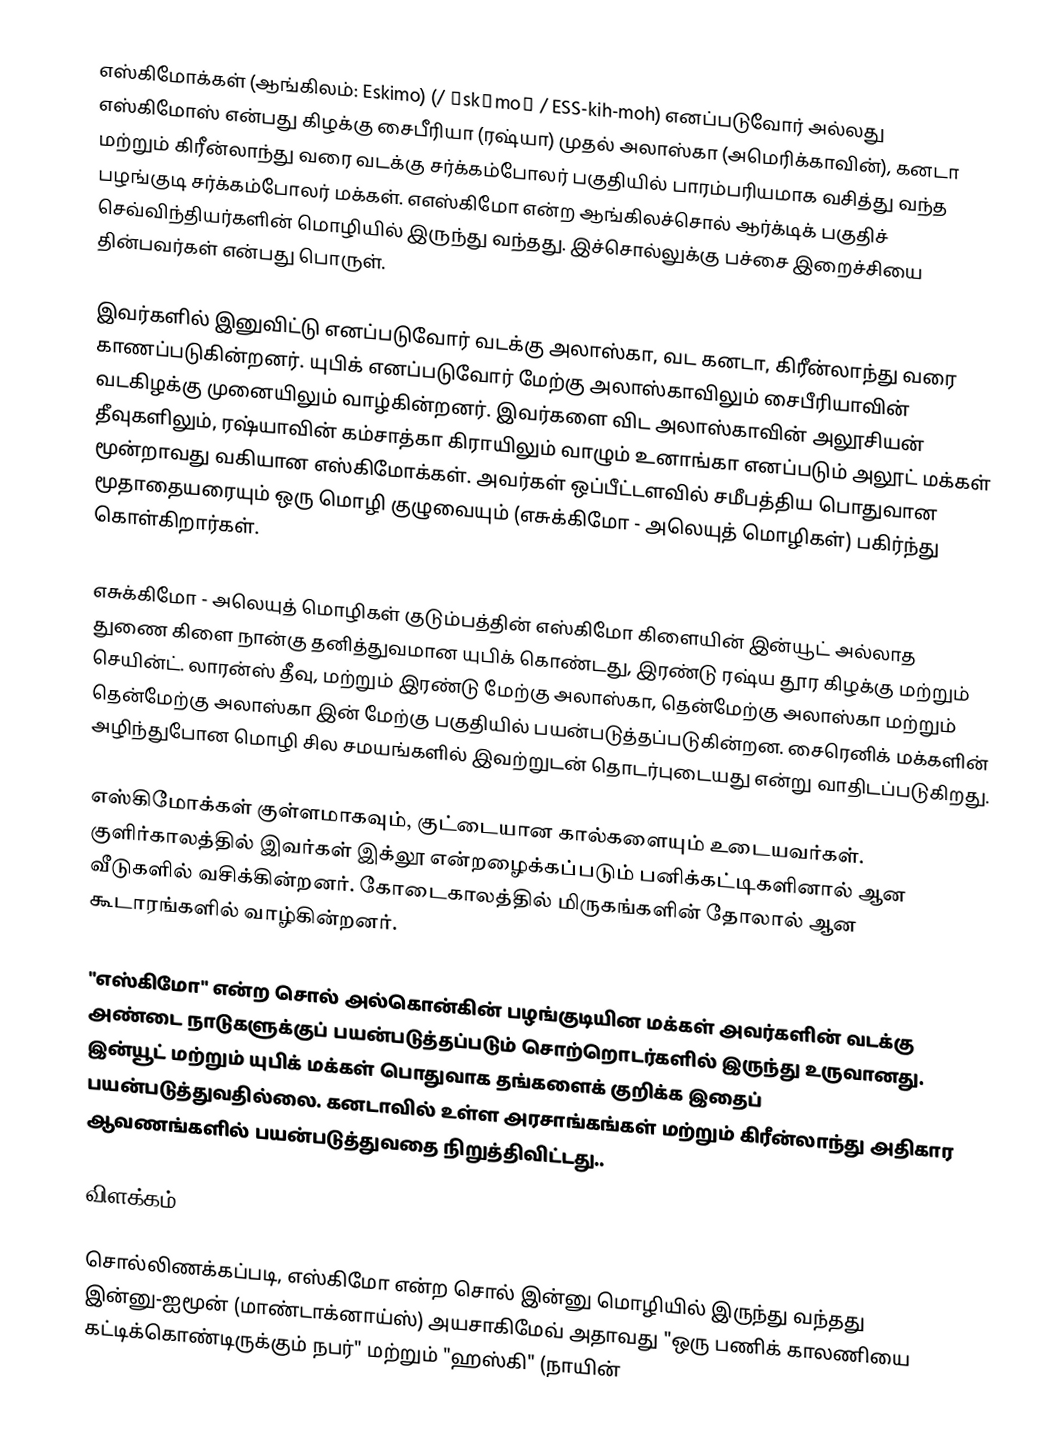
எஸ்கிமோக்கள் (ஆங்கிலம்: Eskimo) (/ ɪskɪmoʊ / ESS-kih-moh)  எனப்படுவோர் அல்லது எஸ்கிமோஸ் என்பது கிழக்கு சைபீரியா (ரஷ்யா) முதல் அலாஸ்கா (அமெரிக்காவின்), கனடா மற்றும் கிரீன்லாந்து வரை வடக்கு சர்க்கம்போலர் பகுதியில் பாரம்பரியமாக வசித்து வந்த பழங்குடி சர்க்கம்போலர் மக்கள்.  எஎஸ்கிமோ என்ற ஆங்கிலச்சொல் ஆர்க்டிக் பகுதிச் செவ்விந்தியர்களின் மொழியில் இருந்து வந்தது. இச்சொல்லுக்கு பச்சை இறைச்சியை தின்பவர்கள் என்பது பொருள்.

இவர்களில் இனுவிட்டு எனப்படுவோர் வடக்கு அலாஸ்கா, வட கனடா, கிரீன்லாந்து வரை காணப்படுகின்றனர். யுபிக் எனப்படுவோர் மேற்கு அலாஸ்காவிலும் சைபீரியாவின் வடகிழக்கு முனையிலும் வாழ்கின்றனர். இவர்களை விட அலாஸ்காவின் அலூசியன் தீவுகளிலும், ரஷ்யாவின் கம்சாத்கா கிராயிலும் வாழும் உனாங்கா எனப்படும் அலூட் மக்கள் மூன்றாவது வகியான எஸ்கிமோக்கள். அவர்கள் ஒப்பீட்டளவில் சமீபத்திய பொதுவான மூதாதையரையும் ஒரு மொழி குழுவையும் (எசுக்கிமோ - அலெயுத் மொழிகள்)  பகிர்ந்து கொள்கிறார்கள்.

எசுக்கிமோ - அலெயுத் மொழிகள் குடும்பத்தின் எஸ்கிமோ கிளையின் இன்யூட் அல்லாத துணை கிளை நான்கு தனித்துவமான யுபிக் கொண்டது, இரண்டு ரஷ்ய தூர கிழக்கு மற்றும் செயின்ட். லாரன்ஸ் தீவு, மற்றும் இரண்டு மேற்கு அலாஸ்கா, தென்மேற்கு அலாஸ்கா மற்றும் தென்மேற்கு அலாஸ்கா இன் மேற்கு பகுதியில் பயன்படுத்தப்படுகின்றன. சைரெனிக் மக்களின் அழிந்துபோன மொழி சில சமயங்களில் இவற்றுடன் தொடர்புடையது என்று வாதிடப்படுகிறது.

எஸ்கிமோக்கள் குள்ளமாகவும், குட்டையான கால்களையும் உடையவர்கள். குளிர்காலத்தில் இவர்கள் இக்லூ என்றழைக்கப்படும் பனிக்கட்டிகளினால் ஆன வீடுகளில் வசிக்கின்றனர். கோடைகாலத்தில் மிருகங்களின் தோலால் ஆன கூடாரங்களில் வாழ்கின்றனர்.

"எஸ்கிமோ" என்ற சொல் அல்கொன்கின் பழங்குடியின மக்கள் அவர்களின் வடக்கு அண்டை நாடுகளுக்குப் பயன்படுத்தப்படும் சொற்றொடர்களில் இருந்து உருவானது. இன்யூட் மற்றும் யுபிக் மக்கள் பொதுவாக தங்களைக் குறிக்க இதைப் பயன்படுத்துவதில்லை. கனடாவில் உள்ள அரசாங்கங்கள் மற்றும் கிரீன்லாந்து அதிகார ஆவணங்களில் பயன்படுத்துவதை நிறுத்திவிட்டது..

விளக்கம்

சொல்லிணக்கப்படி, எஸ்கிமோ என்ற சொல் இன்னு மொழியில் இருந்து வந்தது இன்னு-ஐமூன் (மாண்டாக்னாய்ஸ்)  அயசாகிமேவ்  அதாவது "ஒரு பணிக் காலணியை கட்டிக்கொண்டிருக்கும் நபர்" மற்றும் "ஹஸ்கி" (நாயின்